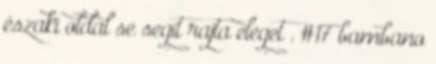
északi oldal se segít rajta eleget . #17 bambano